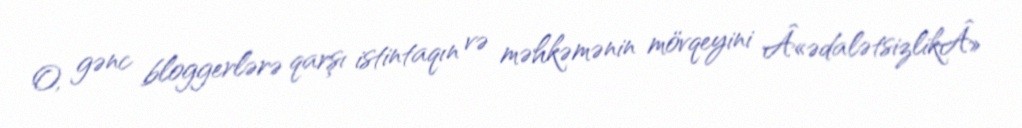
O, gənc bloggerlərə qarşı istintaqın və məhkəmənin mövqeyini Â«ədalətsizlikÂ»